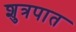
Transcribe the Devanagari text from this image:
शुत्रपात